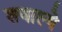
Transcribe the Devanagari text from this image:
शवाल्ये